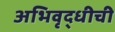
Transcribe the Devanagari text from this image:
अभिवृद्धीची